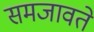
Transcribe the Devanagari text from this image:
समजावते